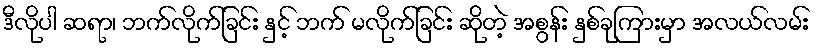
ဒီလိုပါ ဆရာ၊ ဘက်လိုက်ခြင်း နှင့် ဘက် မလိုက်ခြင်း ဆိုတဲ့ အစွန်း နှစ်ခုကြားမှာ အလယ်လမ်း